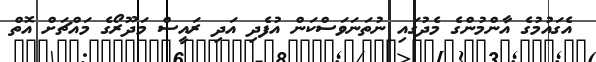
އެގައުމުގެ އާންމުންގެ މެދުގައި ނުތަނަވަސްކަން އުފެދި އަދި ރައީސް މަދޫރޯގެ މައްޗަށް އޮތް